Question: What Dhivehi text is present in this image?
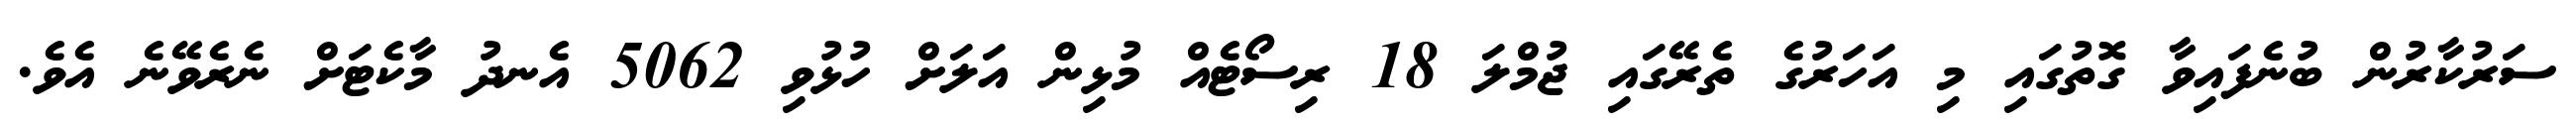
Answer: ސަރުކާރުން ބުނެފައިވާ ގޮތުގައި މި އަހަރުގެ ތެރޭގައި ޖުމްލަ 18 ރިސޯޓެއް މުޅިން އަލަށް ހުޅުވި 5062 އެނދު މާކެޓަށް ނެރެވޭނެ އެވެ.